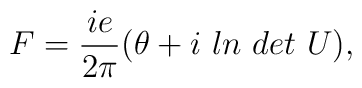
F = \frac{ie}{2\pi}(\theta+ i\ ln\ det\ U),